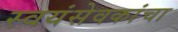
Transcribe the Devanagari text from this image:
स्वयंसेवकांचा